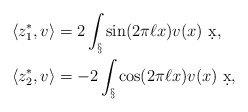
\begin{align*}\langle z_1^*, v \rangle &= 2 \int_\S \sin(2\pi \ell x) v(x) \ \d x,\\\langle z_2^*, v \rangle &= -2 \int_\S \cos(2\pi \ell x) v(x) \ \d x,\end{align*}